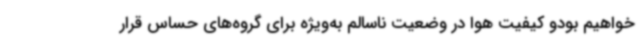
خواهیم بودو کیفیت هوا در وضعیت ناسالم به‌ویژه برای گروه‌های حساس قرار